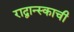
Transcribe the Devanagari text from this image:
राद्वान्स्काची